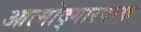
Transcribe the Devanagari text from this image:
आत्मोद्गारपरक